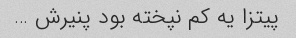
پیتزا یه کم نپخته بود پنیرش …